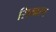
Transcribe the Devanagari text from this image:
सिमारन